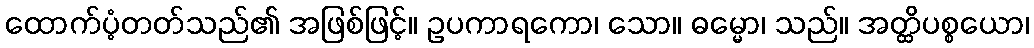
ထောက်ပံ့တတ်သည်၏ အဖြစ်ဖြင့်။ ဥပကာရကော၊ သော။ ဓမ္မော၊ သည်။ အတ္ထိပစ္စယော၊